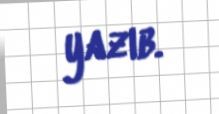
yazıb.